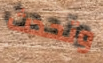
وتحدث